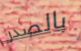
بالصدر